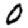
Digit: 0